Papers set at the Examination for Leaving Certificates, 1893
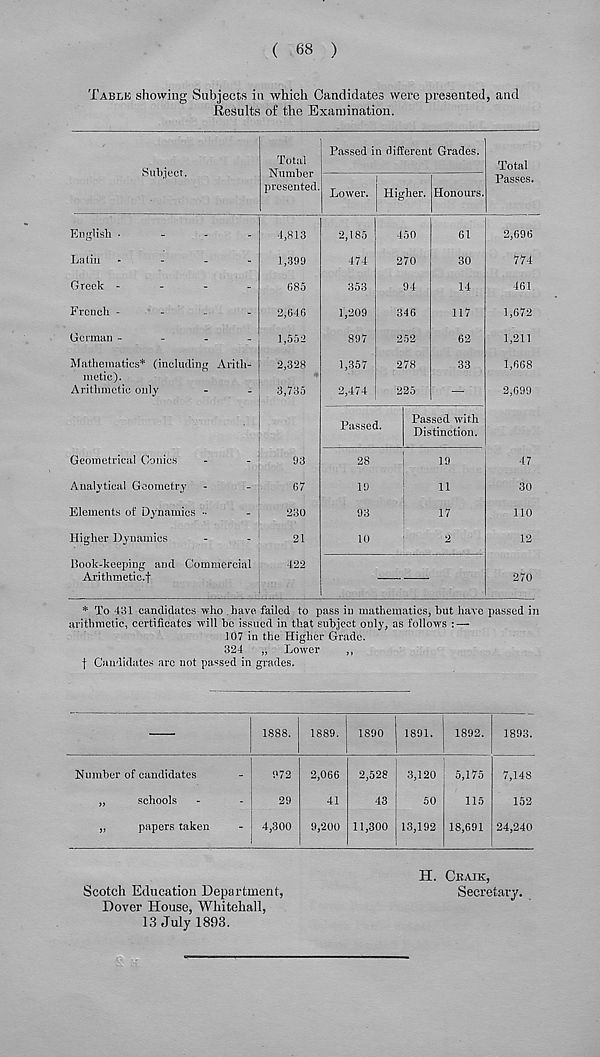
( 68 )
Table showing Subjects in which Candidates were presented, and
Results of the Examination.
Subject.
Total
Number
presented.
Passed in different Grades.
Lower. ! Higher. Honours.
Total
Passes.
English -
-
-
.
Latin .
-
.
-
Greek -
-
-
_
French -
-
_
-
German -
-
-
-
Mathematics* (including Arith-
metic).
Arithmetic only
Geometrical Conics
Analytical Geometry
Elements of Dynamics
Higher Dynamics
Book-keeping and Commercial
Arithmetic.f
4,813
1,399
685
2,646
1,552
2,328
3,735
93
67
230
21
422
2,185
474
353
1,209
897
1,357
2,474
450
270
94
346
252
278
225
61
30
14
117
62
33
Passed.
Passed with
Distinction.
28
19
93
10
19
11
17
2
2,696
774
461
1,672
1,211
1,668
2,699
47
30
no
12
270
* To 431 candidates who have, failed to pass in mathematics, hut have passed in
arithmetic, certificates will he issued in that subject only, as follows :—-
107 in the Higher Grade.
324 „ Lower
,,
f Candidates arc not passed in grades.
1888. 1889. 1890 1891. 1892. 1893.
Number of candidates
„
schools
„
papers taken
972
29
4,300
2,066
41
9,200
2,528
43
11,300
3,120
50
13,192
5,175
115
18,691
7,148
152
24,240
Scotch Education Department,
Dover House, Whitehall,
13 July 1893.
H. Ckativ,
Secretary.